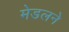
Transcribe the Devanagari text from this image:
मेडलने